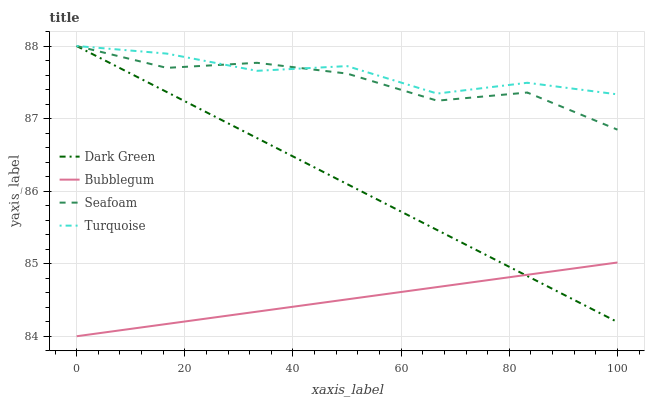
| xaxis_label | Dark Green | Bubblegum | Seafoam | Turquoise |
 | --- | --- | --- | --- | --- |
 | 0 | 88 | 84 | 88 | 88 |
 | 16.7 | 87.4 | 84.2 | 87.7 | 87.9 |
 | 33.3 | 86.7 | 84.3 | 87.8 | 87.7 |
 | 50 | 86.1 | 84.5 | 87.6 | 87.7 |
 | 66.7 | 85.5 | 84.7 | 87.2 | 87.3 |
 | 83.3 | 84.8 | 84.8 | 87.4 | 87.5 |
 | 100 | 84.2 | 85 | 86.8 | 87.3 |